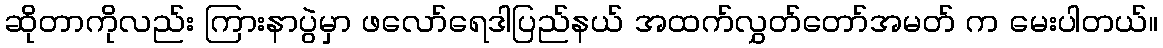
ဆိုတာကိုလည်း ကြားနာပွဲမှာ ဖလော်ရေဒါပြည်နယ် အထက်လွှတ်တော်အမတ် က မေးပါတယ်။